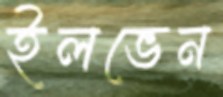
ইলভেন